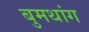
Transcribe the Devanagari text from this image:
बुमथांग